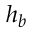
h _ { b }